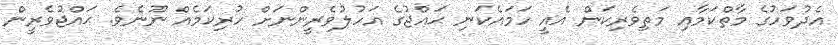
އެދުވަހުގެ މާތްކަމާއި މަތިވެރިކަން އެއީ ހަމައެކަނި ޙައްޖުގެ އަހުލުވެރީންނަށް ހުރިކަމެއް ނޫނެވެ. ޙައްޖުވެރީން